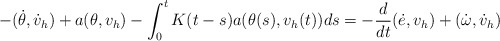
\begin{align*} -(\dot{\theta},\dot v_h)+a(\theta, v_h)- \int_0^t K(t-s) a(\theta(s),v_h(t))ds =-\frac{d}{dt}(\dot{e},v_h)+(\dot{\omega},\dot v_h)\end{align*}